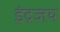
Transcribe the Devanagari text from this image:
इंद्रजय